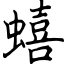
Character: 蟢